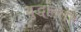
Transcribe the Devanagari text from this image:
युद्धांनतर